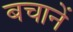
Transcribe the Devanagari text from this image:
बचानें